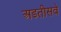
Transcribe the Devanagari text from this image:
अडतीसवे